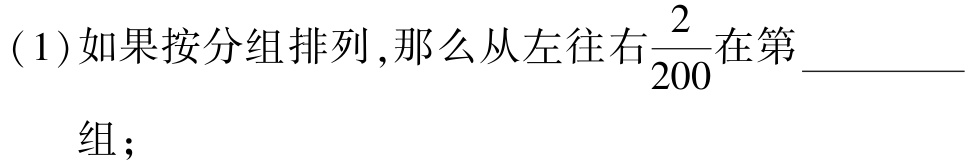
( 1 )如果按分组排列,那么从左往右$\frac{2}{200}$在第_________组；